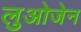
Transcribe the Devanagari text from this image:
लुओजेन